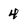
Character: 4